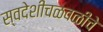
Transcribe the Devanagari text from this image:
स्वदेशीचळवळीचे